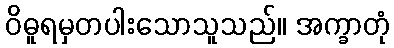
ဝိဓူရမှတပါးသောသူသည်။ အက္ခာတုံ